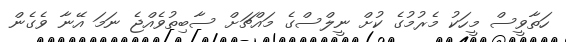
ހަތާވީސް މީހަކު މެރުމުގެ ކުށް ނީލްސްގެ މައްޗަށް ސާބިތުވެއްޖެ ނަމަ އޭނާ ވެގެން